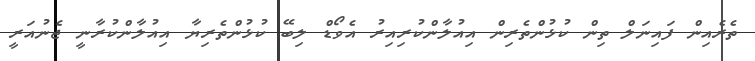
ތެރެއިން ފައިނަލް ތިން ކުޅުންތެރިން އިއުލާންކުރިއިރު އެވޯޑް ލިބޭ ކުޅުންތެރިޔާ އިއުލާންކުރާނީ ޖެނުއަރީ